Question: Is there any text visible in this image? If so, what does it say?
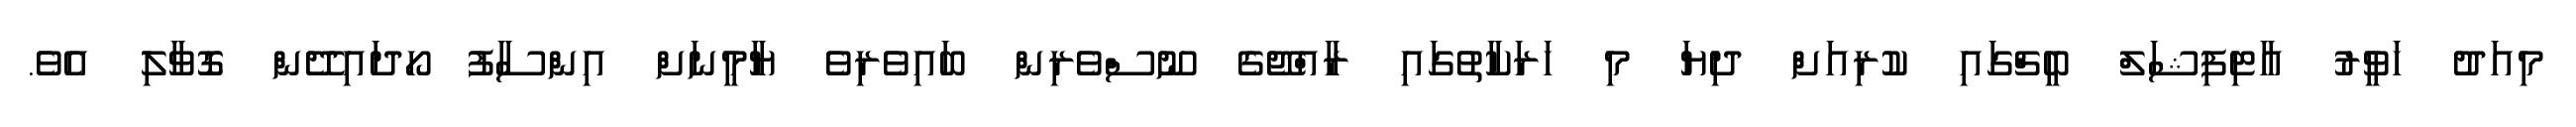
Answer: މިއަދު ހަވީރު އާޓިފިޝަލް ބީޗްގައި ކުރިއަށް ދިޔަ މި ހަރަކާތުގައި ރާއްޖޭގެ ނޫސްވެރިން ބައިވެރިވެ ޔާމީނަށް އިންސާފު ހޯދައިދޭން ގޮވާލި އެވެ.